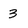
Character: 3